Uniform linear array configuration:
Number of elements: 48
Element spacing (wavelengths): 0.75
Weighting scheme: hann
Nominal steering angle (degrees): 0
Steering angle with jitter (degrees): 1.112
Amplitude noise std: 0.05
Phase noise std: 0.05

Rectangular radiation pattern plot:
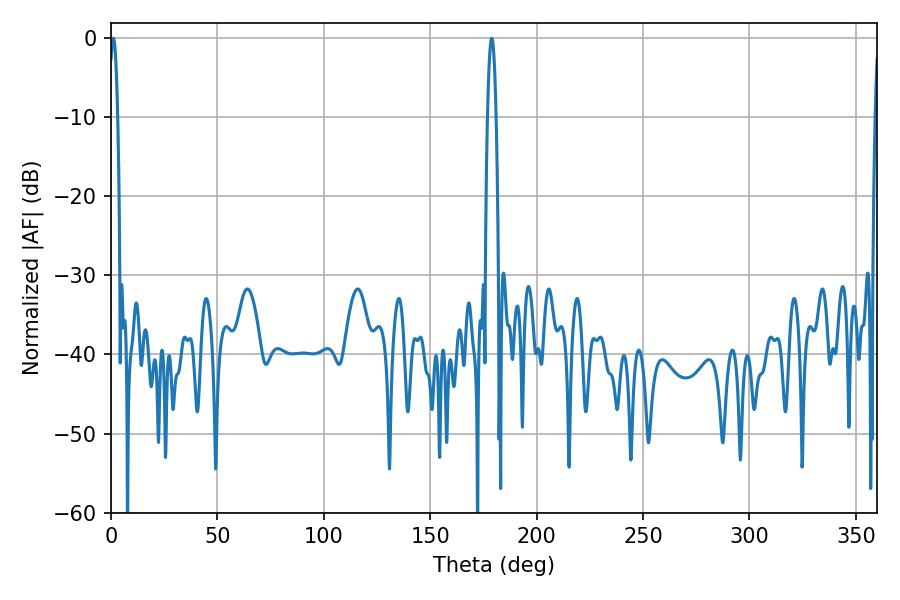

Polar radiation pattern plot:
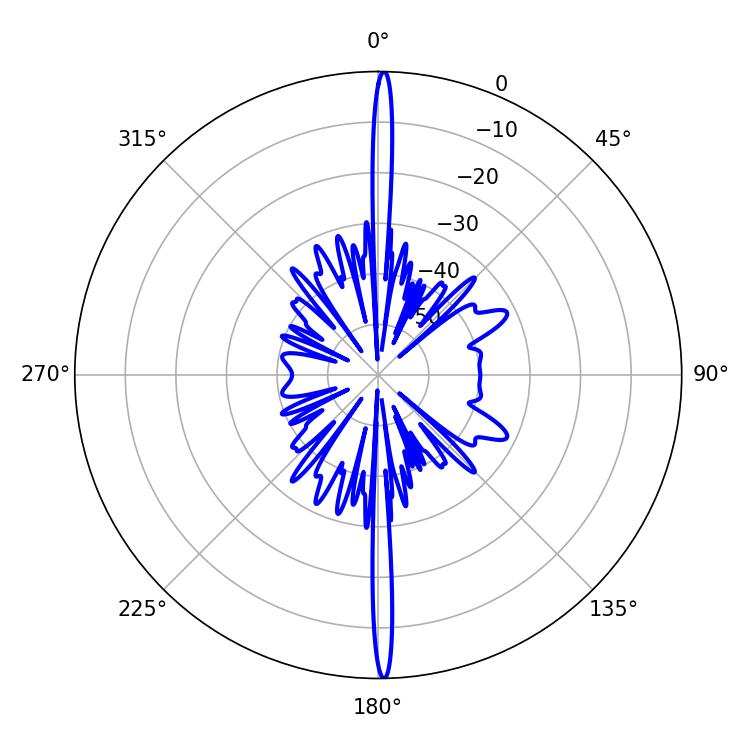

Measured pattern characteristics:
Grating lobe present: TRUE
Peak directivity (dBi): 30.544
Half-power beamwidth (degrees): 2.16
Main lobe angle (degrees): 1.08